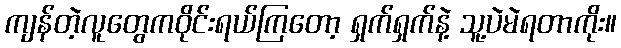
ကျန်တဲ့လူတွေကဝိုင်းရယ်ကြတော့ ရှက်ရှက်နဲ့ သူ့ပဲမဲရတာကိုး။